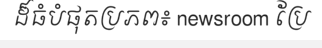
ដ៏ធំបំផុតប្រភព៖ newsroom ប្រែ